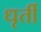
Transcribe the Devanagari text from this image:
धृर्ती